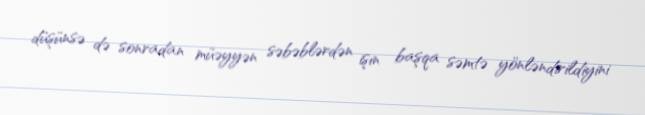
düşünsə də sonradan müəyyən səbəblərdən işin başqa səmtə yönləndirildiyini